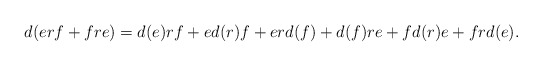
\begin{align*} d(erf+fre)&=d(e)rf+ed(r)f+erd(f)+d(f)re+fd(r)e+frd(e). \end{align*}